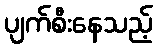
ပျက်စီးနေသည့်